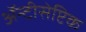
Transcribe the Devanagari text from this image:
ॲन्टीसेप्टिक